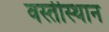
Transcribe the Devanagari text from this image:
वस्तीस्थान